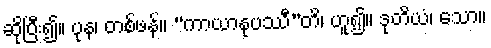
ဆိုပြီး၍။ ပုန၊ တစ်ဖန်။ “ကာယာနုပဿီ”တိ၊ ဟူ၍။ ဒုတိယံ၊ သော။